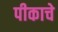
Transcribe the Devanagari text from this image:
पीकाचे